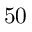
5 0